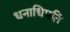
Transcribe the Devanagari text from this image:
धनाधिपति